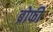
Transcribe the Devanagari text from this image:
ब्रोफी